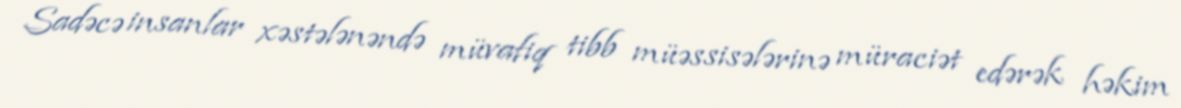
Sadəcə insanlar xəstələnəndə müvafiq tibb müəssisələrinə müraciət edərək həkim